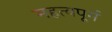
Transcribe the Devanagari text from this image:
महत्वपूर्म